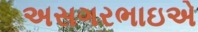
અસગરભાઇએ